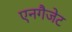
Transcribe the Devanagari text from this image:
एनगैजेट